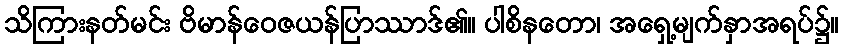
သိကြားနတ်မင်း ဗိမာန်ဝေဇယန်ပြာဿာဒ်၏။ ပါစိနတော၊ အရှေ့မျက်နှာအရပ်၌။